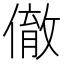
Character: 𬿮